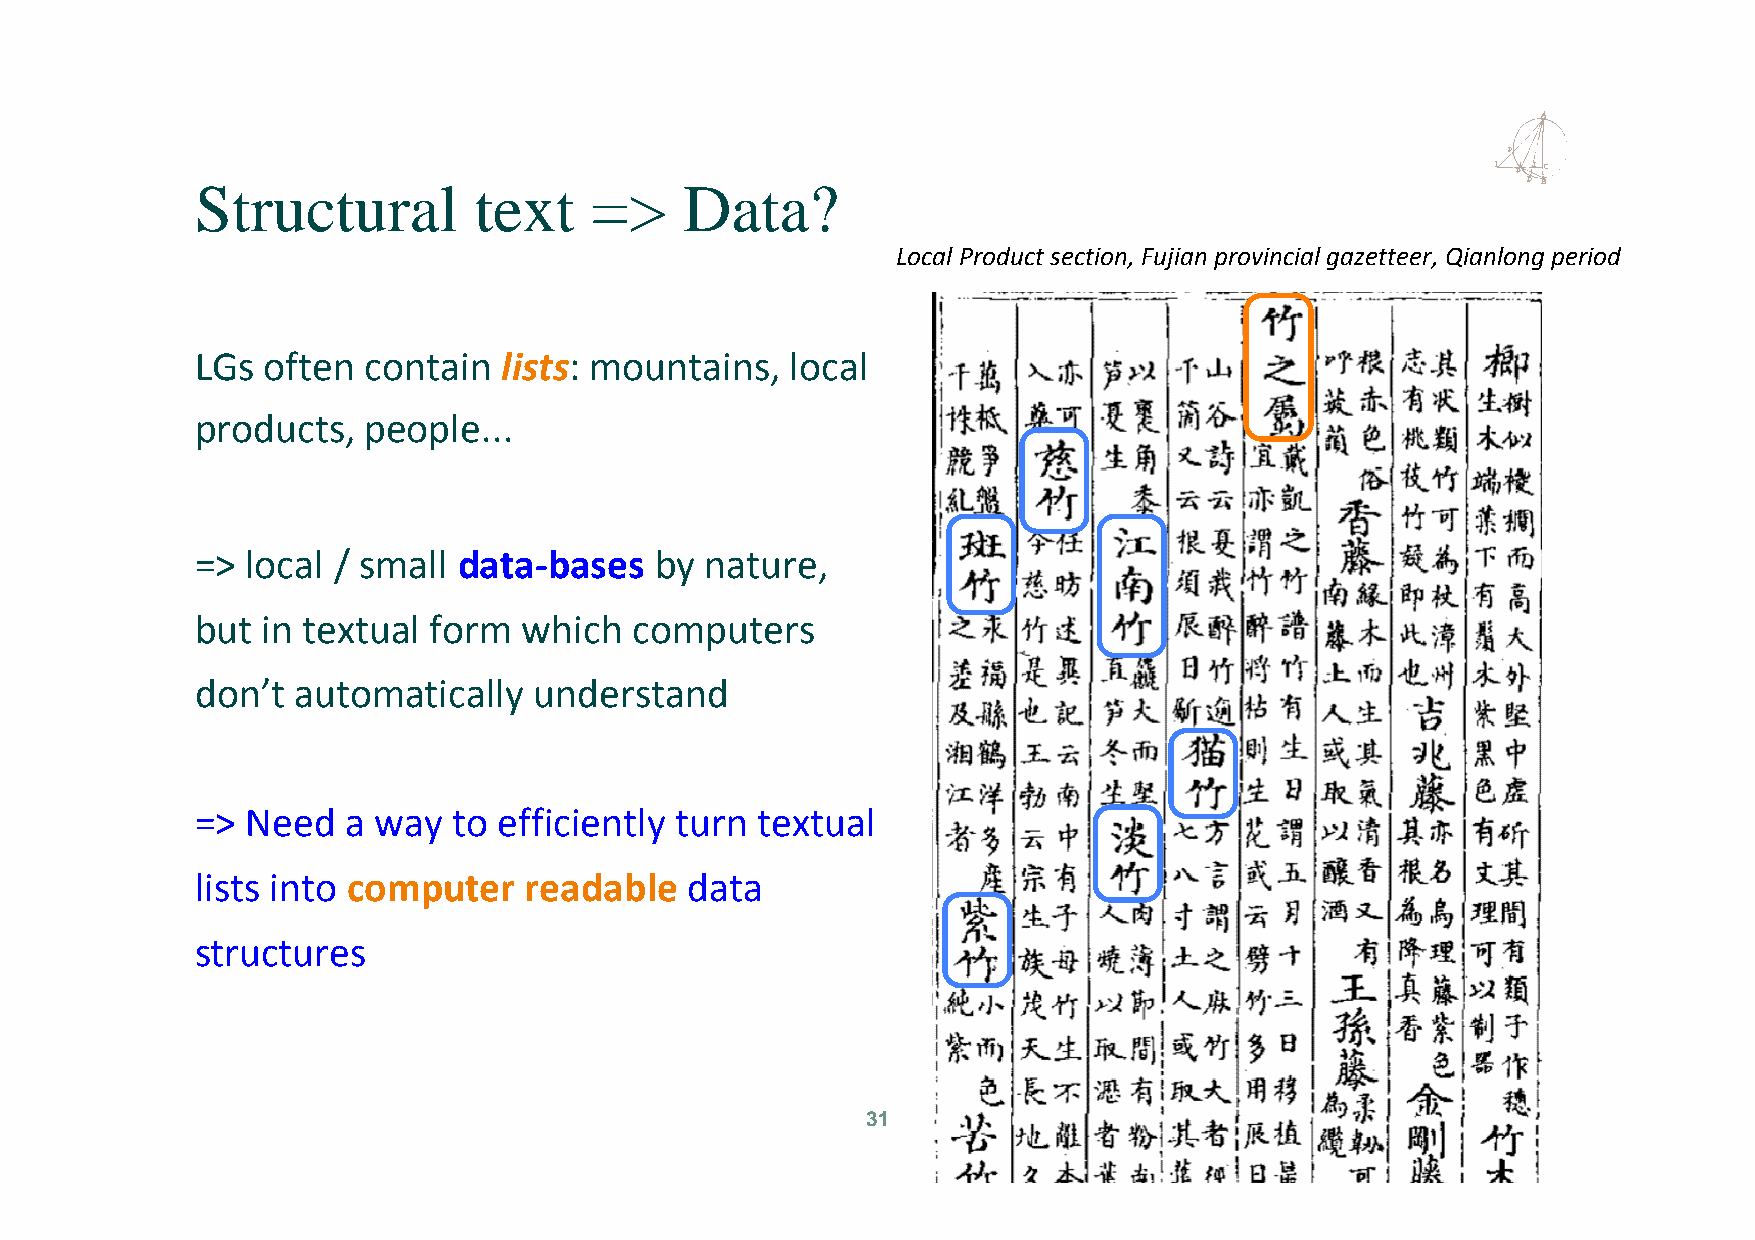
Structural        text    =>    Data?
 Local Product section, Fujian provincial gazetteer, Qianlong period
 LGs often  contain  lists: mountains,  local
 products,  people...
 => local / small data-bases   by  nature,
 but in textual form   which  computers
 don’t automatically   understand
 => Need   a way  to efficiently turn textual
 lists into computer   readable  data
 structures
 31